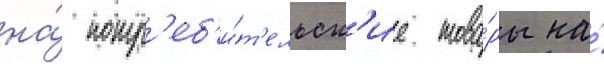
на́ потр'еб'и́т'ельск'ие това́ры на́